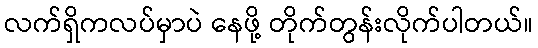
လက်ရှိကလပ်မှာပဲ နေဖို့ တိုက်တွန်းလိုက်ပါတယ်။